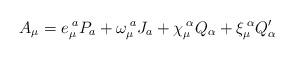
LaTeX: \begin{align*}A_{\mu}=e_{\mu}^{\;a}P_{a}+\omega_{\mu}^{\;a}J_{a}+\chi_{\mu}^{\;\alpha}Q_{\alpha}+\xi_{\mu}^{\;\alpha}Q'_{\alpha}\end{align*}